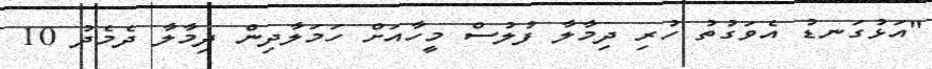
"އަޅުގަނޑު އެވަގުތު ހުރި ދިމާލާ ފުލުސް މީހާއަށް ހަމަލާދިން ދިމާލާ ދެމެދު 10